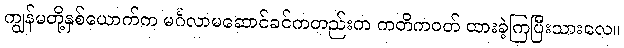
ကျွန်မတို့နှစ်ယောက်က မင်္ဂလာမဆောင်ခင်ကတည်းက ကတိကဝတ် ထားခဲ့ကြပြီးသားလေ။